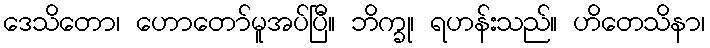
ဒေသိတော၊ ဟောတော်မူအပ်ပြီ။ ဘိက္ခု၊ ရဟန်းသည်။ ဟိတေသိနာ၊